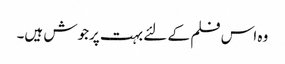
وہ اس فلم کے لئے بہت پرجوش ہیں۔